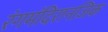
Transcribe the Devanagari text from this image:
रंगमंदिरानजिक